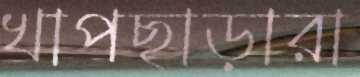
খাপছাড়ারা